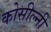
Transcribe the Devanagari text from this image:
कोसील्नी